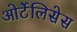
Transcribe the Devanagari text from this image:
ओर्टेलिसेस